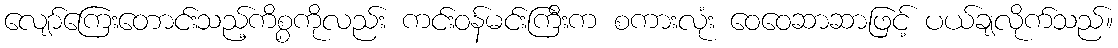
လျော်ကြေးတောင်းသည့်ကိစ္စကိုလည်း ကင်းဝန်မင်းကြီးက စကားလုံး ဝေဝေဆာဆာဖြင့် ပယ်ချလိုက်သည်။